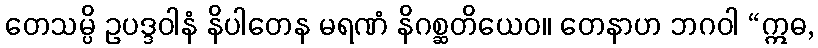
တေသမ္ပိ ဥပဒ္ဒဝါနံ နိပါတေန မရဏံ နိဂစ္ဆတိယေဝ။ တေနာဟ ဘဂဝါ “ဣဓ,